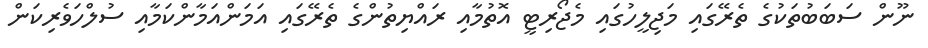
ނޫން ސަބަބުތަކުގެ ތެރޭގައި މަޖިލީހުގައި މެޖޯރިޓީ އޮތުމާއި ރައްޔިތުންގެ ތެރޭގައި އަމަންއަމާންކަމާއި ސުލްހަވެރިކަން